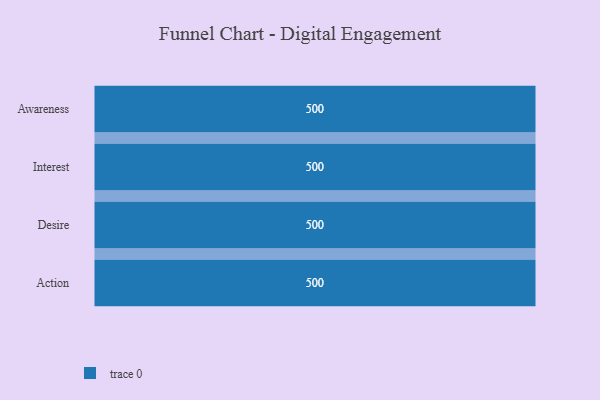
{"axis": {"x": "Stage", "y": "Value"}, "legend": [""], "data": [{"x": "Awareness", "y": 500, "type": ""}, {"x": "Interest", "y": 500, "type": ""}, {"x": "Desire", "y": 500, "type": ""}, {"x": "Action", "y": 500, "type": ""}]}